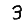
Digit: 3